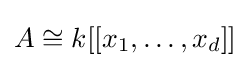
A\cong k[[x_{1},\ldots ,x_{d}]]